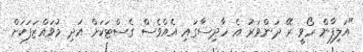
"އަލިފާން ރޯވީ ރޭ ދަންވަރު އެ ހާދިސާގައި އެއްވެސް ގެސްޓަކަށް އަދި މުވައްޒަފަކަށް